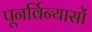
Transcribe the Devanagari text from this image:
पूनर्विन्यासों